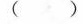
( )